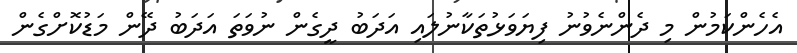
އެހެންކަމުން މި ދެންނެވުނު ފިޔަވަޅުތަކާނުލައި އަދަބު ދީގެން ނުވަތަ އަދަބު ދޭން މަޑުކޮށްގެން